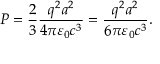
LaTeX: P = { \frac { 2 } { 3 } } { \frac { q ^ { 2 } a ^ { 2 } } { 4 \pi \varepsilon _ { 0 } c ^ { 3 } } } = { \frac { q ^ { 2 } a ^ { 2 } } { 6 \pi \varepsilon _ { 0 } c ^ { 3 } } } .